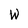
Character: W